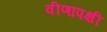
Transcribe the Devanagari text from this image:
वीणापक्षी